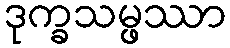
ဒုက္ခသမ္ဖဿာ